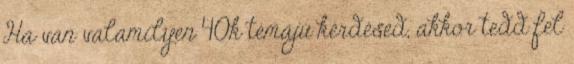
Ha van valamilyen 40k témájú kérdésed, akkor tedd fel